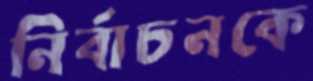
নির্বাচনকে